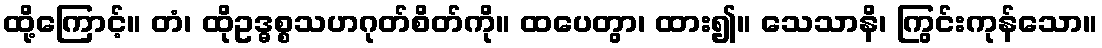
ထို့ကြောင့်။ တံ၊ ထိုဥဒ္ဓစ္စသဟဂုတ်စိတ်ကို။ ထပေတွာ၊ ထား၍။ သေသာနိ၊ ကြွင်းကုန်သော။